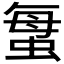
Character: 𱿦